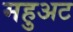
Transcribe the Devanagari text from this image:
महुअट